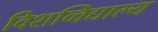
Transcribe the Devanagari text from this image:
विशव्विद्याल्य